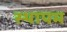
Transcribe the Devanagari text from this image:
स्थापम